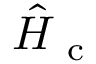
\hat { H } _ { \mathrm { ~ c ~ } }